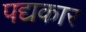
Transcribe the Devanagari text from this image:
पद्यकार